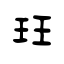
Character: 玨